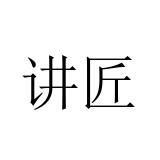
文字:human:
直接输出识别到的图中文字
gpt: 讲匠